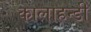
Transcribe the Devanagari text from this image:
कालाहन्डी